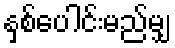
နှစ်ပေါင်းမည်မျှ